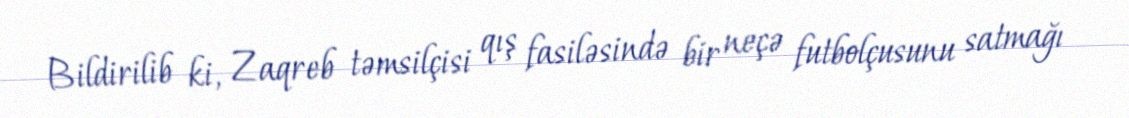
Bildirilib ki, Zaqreb təmsilçisi qış fasiləsində bir neçə futbolçusunu satmağı